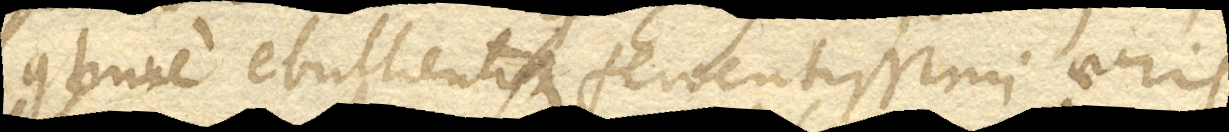
continue ebullientis et ferventissimi aeris